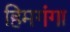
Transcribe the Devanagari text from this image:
हिमगंगा